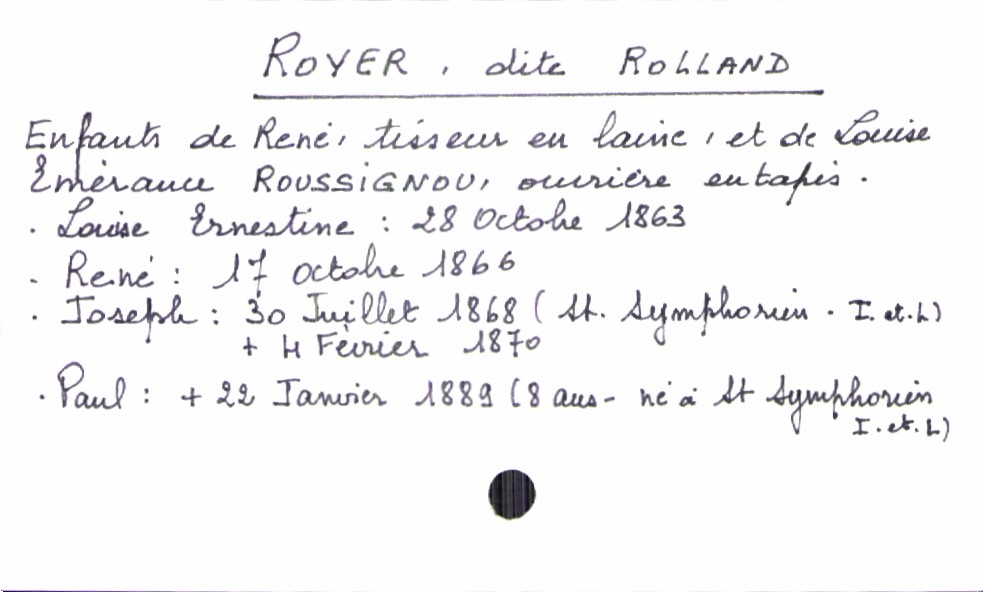
type_acte: Baptême
observations: Paul mort à 8 ans
filiation: fils
enfant_prénom: Paul
enfant_date_de_naissance: 30 juillet 1868
enfant_lieu_de_naissance: Saint Symphorien (Indre-et-Loire)
enfant_date_de_décès: 22 janvier 1889
père_enfant_nom: Royer dite Rolland
père_enfant_prénom: Réné
père_enfant_profession: tisseur en laine
mère_enfant_nom: Roussignou
mère_enfant_prénom: Louise Emérance
mère_enfant_profession: ouvrière en tapis